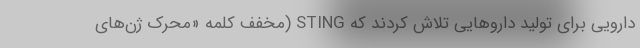
دارویی برای تولید داروهایی تلاش کردند که STING (مخفف کلمه «محرک ژن‌های